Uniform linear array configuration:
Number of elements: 32
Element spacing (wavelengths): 1
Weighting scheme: hann
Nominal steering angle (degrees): -30
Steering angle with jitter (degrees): -29.462
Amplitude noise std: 0.05
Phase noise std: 0.05

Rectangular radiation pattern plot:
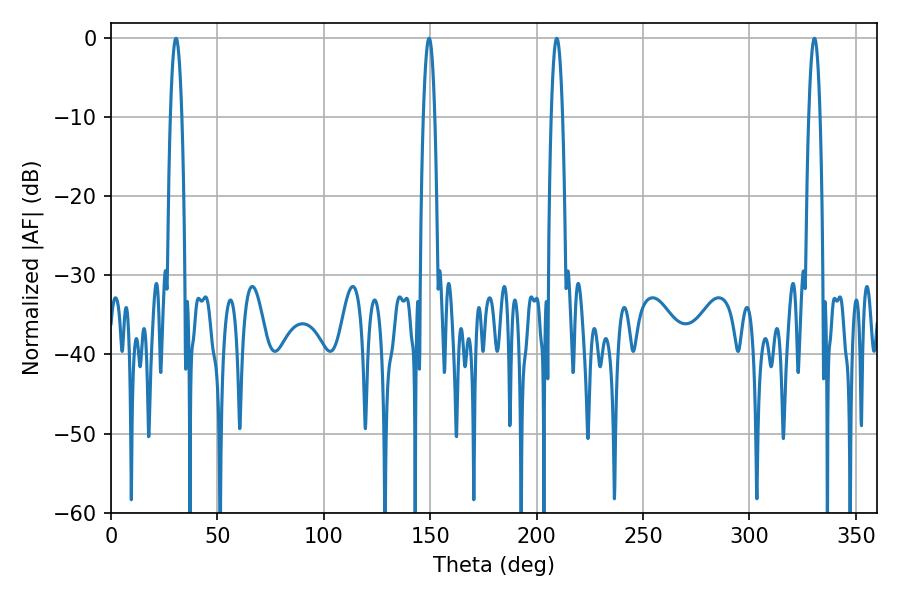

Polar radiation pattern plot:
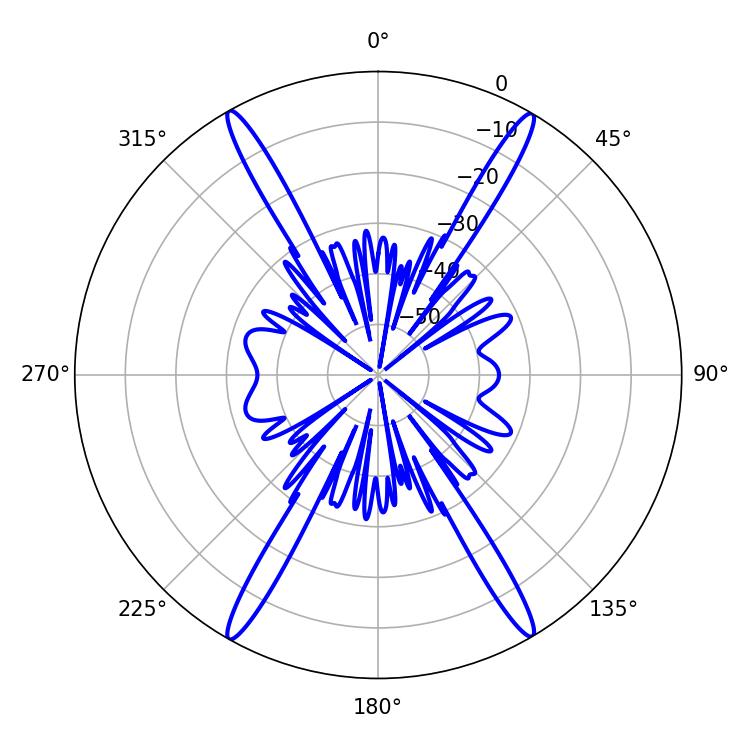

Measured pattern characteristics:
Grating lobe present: TRUE
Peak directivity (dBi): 29.218
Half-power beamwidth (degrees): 2.88
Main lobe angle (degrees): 330.48